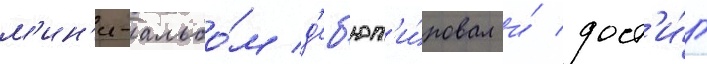
м'ин'и-альбо́м д'еб'ют'и́ровал и́ дост'и́г